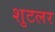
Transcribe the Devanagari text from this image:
शुटलर